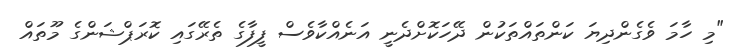
"މި ހާމަ ވެގެންދިޔަ ކަންތައްތަކުން ދޭހަކޮށްދެނީ އަނެއްކާވެސް ފީފާގެ ތެރޭގައި ކޮރަޕްޝަންގެ މޫތައް